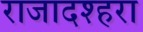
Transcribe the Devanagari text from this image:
राजादश्हरा